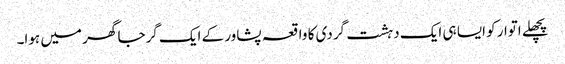
پچھلے اتوار کو ایسا ہی ایک دہشت گردی کا واقعہ پشاور کے ایک گرجا گھر میں ہوا۔